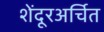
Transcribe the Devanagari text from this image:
शेंदूरअर्चित